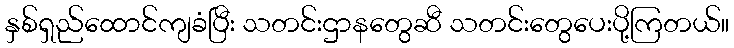
နှစ်ရှည်ထောင်ကျခံပြီး သတင်းဌာနတွေဆီ သတင်းတွေပေးပို့ကြတယ်။